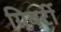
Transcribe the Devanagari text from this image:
गिवर्टी